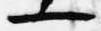
一